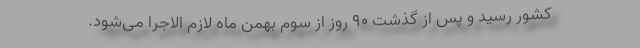
کشور رسید و پس از گذشت ۹۰ روز از سوم بهمن ماه لازم الاجرا می‌شود.